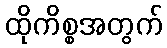
ထိုကိစ္စအတွက်